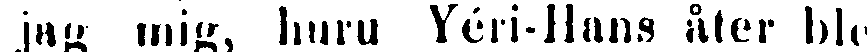
jag mig, huru Yéri-Jlans åter ble